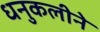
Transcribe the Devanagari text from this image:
धनुकलीने